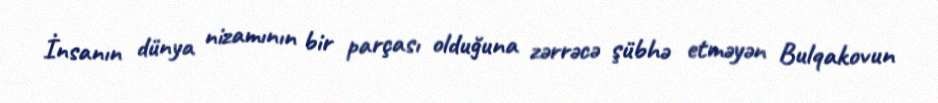
İnsanın dünya nizamının bir parçası olduğuna zərrəcə şübhə etməyən Bulqakovun